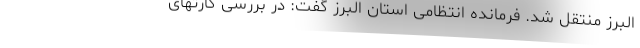
البرز منتقل شد. فرمانده انتظامی استان البرز گفت: در بررسی کارتهای